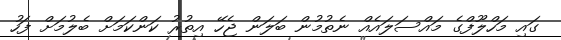
ގައި މަހްލޫފްގެ މައްސަލައެއް ނެތުމުން ބަލަން ޖެހޭ އިތުރު ކަންކަމަށް ބެލުމަށް ފަހު